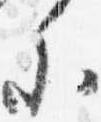
参